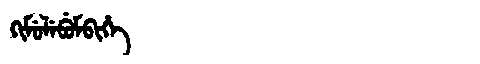
Manchu: ᡴᡳᠮᡠᠯᡝᠪᡠᠮᠪᡳᡥᡝ
Romanization: KIMULEBUMBIHE